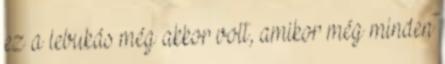
ez a lebukás még akkor volt, amikor még minden